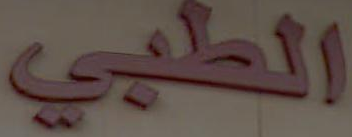
الطبي